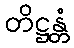
တိဋ္ဌန္တံ